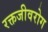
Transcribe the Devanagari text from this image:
रक्तजीवरोग